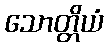
သောတ္တိယံ